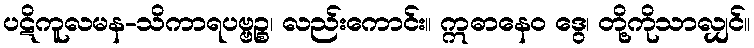
ပဋိကူလမန-သိကာရပဗ္ဗဉ္စ၊ လည်းကောင်း။ ဣဓာနေဝ ဒွေ၊ တို့ကိုသာလျှင်။